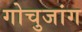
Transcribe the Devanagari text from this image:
गोचुजांग